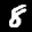
Label: 8